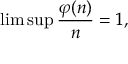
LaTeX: \operatorname* { l i m } \operatorname* { s u p } { \frac { \varphi ( n ) } { n } } = 1 ,